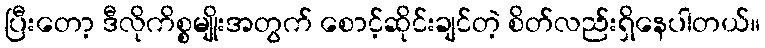
ပြီးတော့ ဒီလိုကိစ္စမျိုးအတွက် စောင့်ဆိုင်းချင်တဲ့ စိတ်လည်းရှိနေပါတယ်။